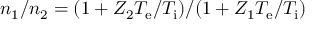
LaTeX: n _ { 1 } / n _ { 2 } = ( 1 + Z _ { 2 } T _ { \mathrm { e } } / T _ { \mathrm { i } } ) / ( 1 + Z _ { 1 } T _ { \mathrm { e } } / T _ { \mathrm { i } } )